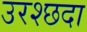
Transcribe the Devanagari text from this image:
उरश्छदा